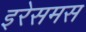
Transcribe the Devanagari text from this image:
इरेसमस